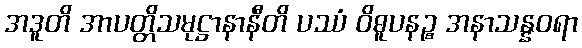
အဒူတိ အာပတ္တိသမုဋ္ဌာနာနီတိ ပဿံ ဝိဓူပနဉ္စ အနာသန္နဝရာ